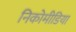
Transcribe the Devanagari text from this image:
निकोमीडिया